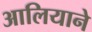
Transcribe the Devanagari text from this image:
आलियाने